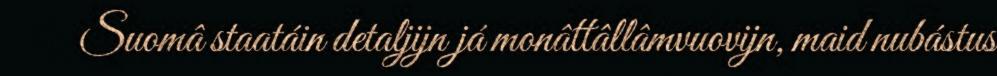
Suomâ staatáin detaljijn já monâttâllâmvuovijn, maid nubástus